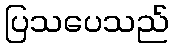
ပြသပေသည်